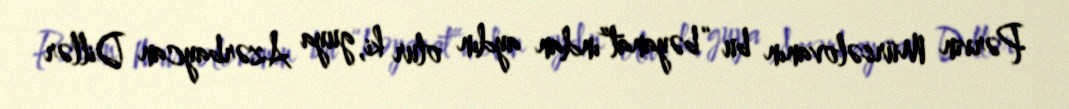
Pərvin Mürsəlovanın bu “bəyanat”ından aydın olur ki, guya Azərbaycan Dillər